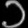
Digit: ၁